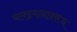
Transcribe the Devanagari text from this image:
चान्द्रमानावरून